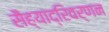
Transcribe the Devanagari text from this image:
सैह्याद्रिवर्णन